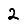
Digit: 2